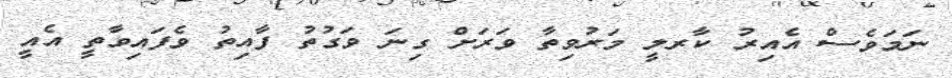
ނަމަވެސް އެއިރު ކާރލީ މަރުވިތާ ވަރަށް ގިނަ ވަގުތު ފާއިތު ވެފައިވާތީ އެއީ